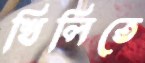
খিলিতে